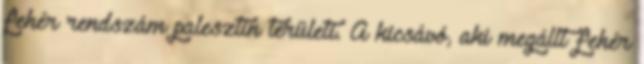
fehér rendszám palesztin területi. A kicsávó, aki megállt fehér